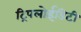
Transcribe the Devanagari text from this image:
ट्रिपलोईडिटी